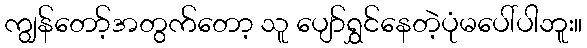
ကျွန်တော့်အတွက်တော့ သူ ပျော်ရွှင်နေတဲ့ပုံမပေါ်ပါဘူး။